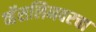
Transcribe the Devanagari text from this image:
व्हॅसलिनवरचा